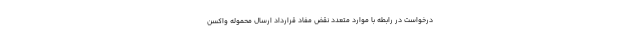
درخواست در رابطه با موارد متعدد نقض مفاد قرارداد ارسال محموله واکسن